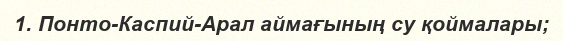
1. Понто-Каспий-Арал аймағының су қоймалары;